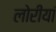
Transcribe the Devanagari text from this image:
लोरीयां